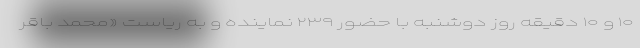
۱۰ و ۱۰ دقیقه روز دوشنبه با حضور ۲۳۹ نماینده و به ریاست «محمد باقر